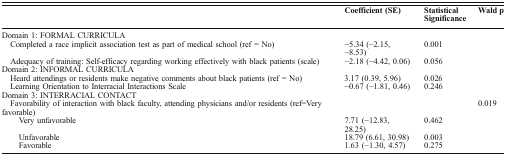
|  | Coefficient (SE) | Statistical Significance | Wald p |
 | --- | --- | --- | --- |
 | <COLSPAN=4> Domain 1: FORMAL CURRICULA |
 | Completed a race implicit association test as part of medical school (ref = No) | −5.34 (−2.15, −8.53) | 0.001 |  |
 | Adequacy of training: Self-efficacy regarding working effectively with black patients (scale) | −2.18 (−4.42, 0.06) | 0.056 |  |
 | <COLSPAN=4> Domain 2: INFORMAL CURRICULA |
 | Heard attendings or residents make negative comments about black patients (ref = No) | 3.17 (0.39, 5.96) | 0.026 |  |
 | Learning Orientation to Interracial Interactions Scale | −0.67 (−1.81, 0.46) | 0.246 |  |
 | <COLSPAN=4> Domain 3: INTERRACIAL CONTACT |
 | Favorability of interaction with black faculty, attending physicians and/or residents (ref = Very favorable) |  |  | 0.019 |
 | Very unfavorable | 7.71 (−12.83, 28.25) | 0.462 |  |
 | Unfavorable | 18.79 (6.61, 30.98) | 0.003 |  |
 | Favorable | 1.63 (−1.30, 4.57) | 0.275 |  |